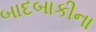
બાદબાકીના